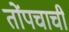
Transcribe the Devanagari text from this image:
तोंपचाची